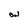
Character: W